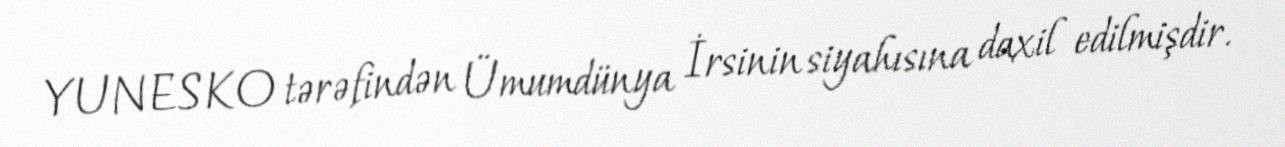
YUNESKO tərəfindən Ümumdünya İrsinin siyahısına daxil edilmişdir.